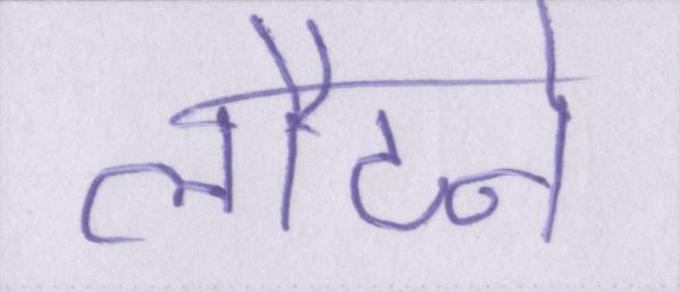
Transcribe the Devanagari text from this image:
लौटने